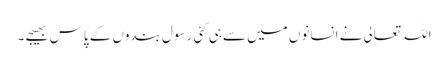
اللہ تعالی نے انسانوں میں سے ہی کئی رسول بندوں کے پاس بھیجے ۔